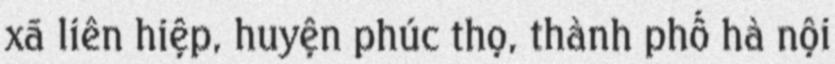
xã liên hiệp, huyện phúc thọ, thành phố hà nội